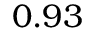
0 . 9 3